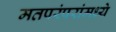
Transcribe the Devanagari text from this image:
मतपरंपरांमध्ये